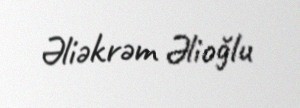
Əliəkrəm Əlioğlu